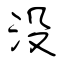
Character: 没